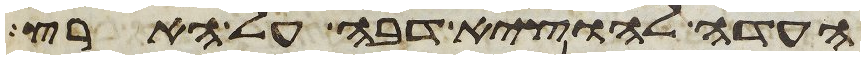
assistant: העדה להוציא דבה על הארץ